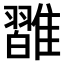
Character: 𩀦